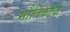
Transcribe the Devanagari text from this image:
भौतिकीके